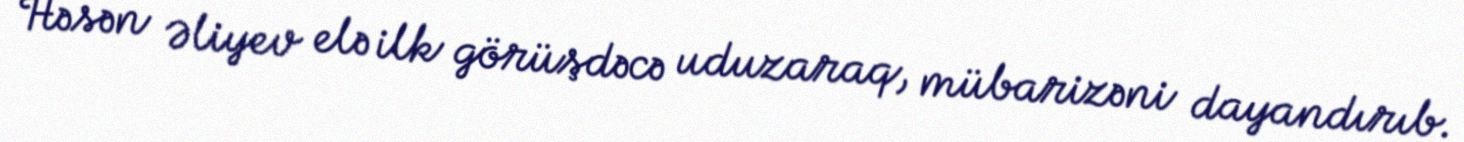
Həsən Əliyev elə ilk görüşdəcə uduzaraq, mübarizəni dayandırıb.